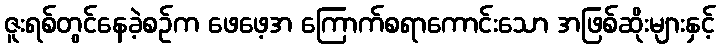
ဇူးရစ်တွင်နေခဲ့စဉ်က ဖေဖေ့အ ကြောက်စရာကောင်းသော အဖြစ်ဆိုးများနှင့်